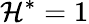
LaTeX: \mathcal{H}^{\ast}=1